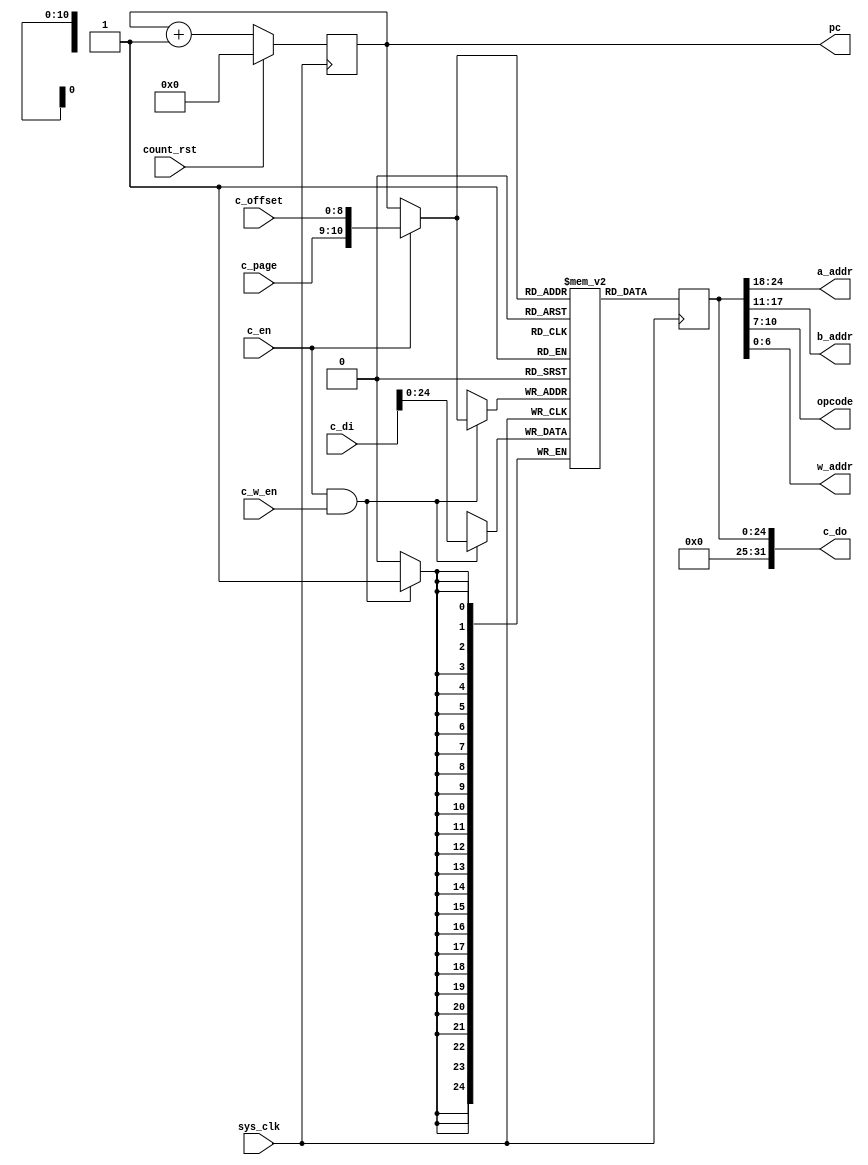
module pfpu_prog(
	input sys_clk,
	input count_rst,

	output [6:0] a_addr,
	output [6:0] b_addr,
	output [3:0] opcode,
	output [6:0] w_addr,
	
	/* Control interface */
	input c_en,
	input [1:0] c_page,
	input [8:0] c_offset,
	output [31:0] c_do,
	input [31:0] c_di,
	input c_w_en,

	output [10:0] pc
);

/* Infer single port RAM */
wire [10:0] mem_a;
wire [24:0] mem_di;
reg [24:0] mem_do;
wire mem_we;
reg [24:0] mem[0:2047];
always @(posedge sys_clk) begin
	if(mem_we)
		mem[mem_a] <= mem_di;
	mem_do <= mem[mem_a];
end

/* Control logic */
reg [10:0] counter;
always @(posedge sys_clk) begin
	if(count_rst)
		counter <= 10'd0;
	else
		counter <= counter + 10'd1;
end
assign mem_a = c_en ? {c_page, c_offset} : counter;

assign c_do = {7'd0, mem_do};
assign mem_di = c_di[24:0];
assign mem_we = c_en & c_w_en;

assign a_addr = mem_do[24:18];	// 7
assign b_addr = mem_do[17:11];	// 7
assign opcode = mem_do[10:7];	// 4
assign w_addr = mem_do[6:0];	// 7

assign pc = counter;

endmodule